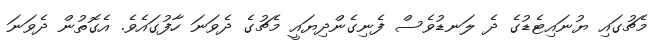
މެޗުގައި ޔުނައިޓެޑުގެ ދެ ލަނޑުވެސް ފެނިގެންދިޔައީ މެޗުގެ ދެވަނަ ހާފުގައެވެ. އެގޮތުން ދެވަނަ